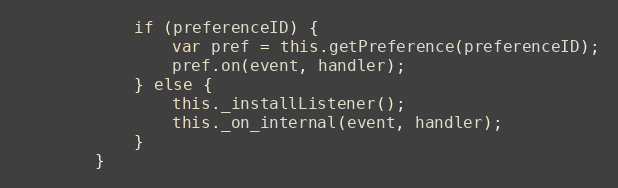
Language: JavaScript
            if (preferenceID) {
                var pref = this.getPreference(preferenceID);
                pref.on(event, handler);
            } else {
                this._installListener();
                this._on_internal(event, handler);
            }
        }